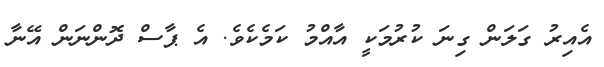
އެއިރު ގަލަން ގިނަ ކުރުމަކީ އާއްމު ކަމެކެވެ. އެ ޕާސް ދޮންނަން އޭނާ